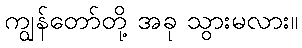
ကျွန်တော်တို့ အခု သွားမလား။